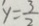
y = \frac { 3 } { 2 }